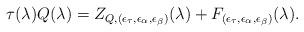
LaTeX: \begin{align*}\tau (\lambda)Q(\lambda )=Z_{Q,(\epsilon _{\tau },\epsilon _{\alpha },\epsilon _{\beta})}(\lambda )+F_{(\epsilon _{\tau },\epsilon _{\alpha },\epsilon _{\beta})}(\lambda ).\end{align*}